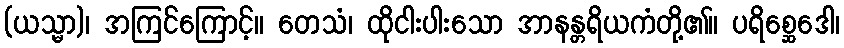
(ယသ္မာ)၊ အကြင်ကြောင့်။ တေသံ၊ ထိုငါးပါးသော အာနန္တရိယကံတို့၏။ ပရိစ္ဆေဒေါ၊